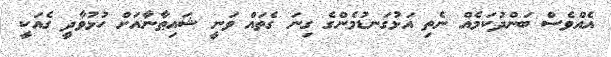
އެއްވެސް ބަންދުކަމެއް ނެތި އަޅުގަނޑުމެންގެ ގިނަ ގެތައް ވަނީ ޝައިޠާނާއަށް ހުޅުވާދީ ގެއަކީ